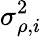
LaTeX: \sigma_{\rho,i}^{2}